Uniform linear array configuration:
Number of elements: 4
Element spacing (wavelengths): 0.5
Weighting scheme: hamming
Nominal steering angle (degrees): -30
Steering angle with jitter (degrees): -31.4
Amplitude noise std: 0.05
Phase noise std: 0.05

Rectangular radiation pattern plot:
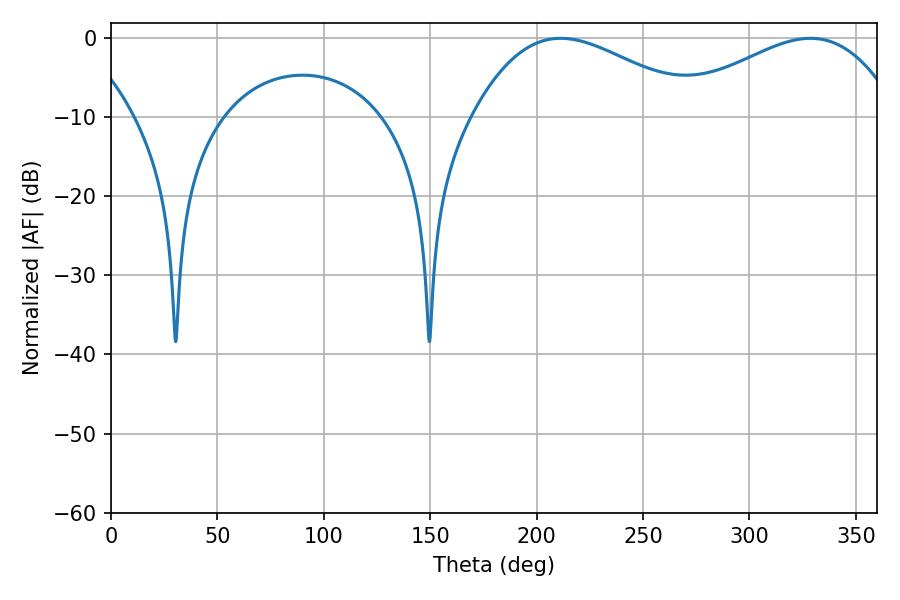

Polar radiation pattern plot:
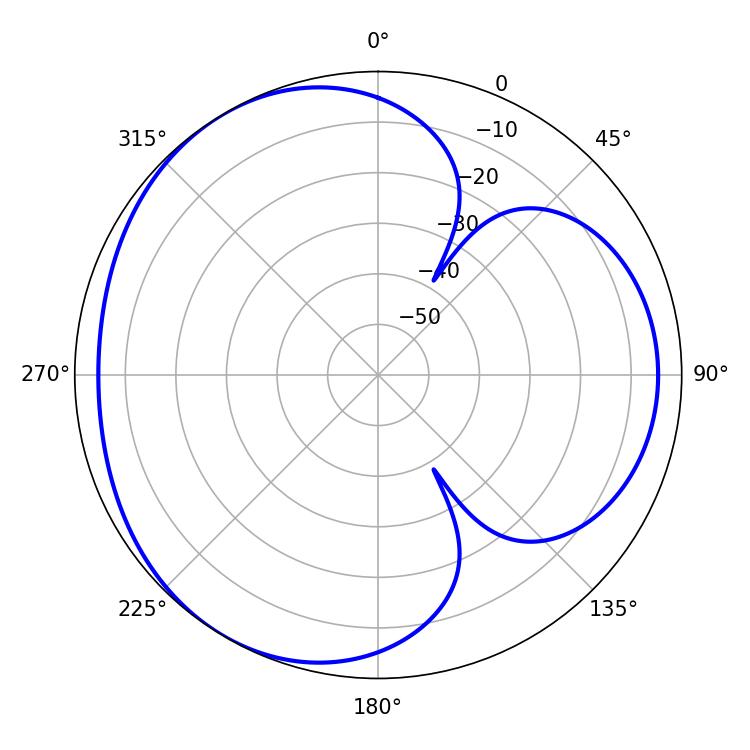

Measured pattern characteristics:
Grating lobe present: FALSE
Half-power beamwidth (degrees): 57.96
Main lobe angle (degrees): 211.32